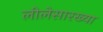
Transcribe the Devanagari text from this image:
लीलेसारख्या